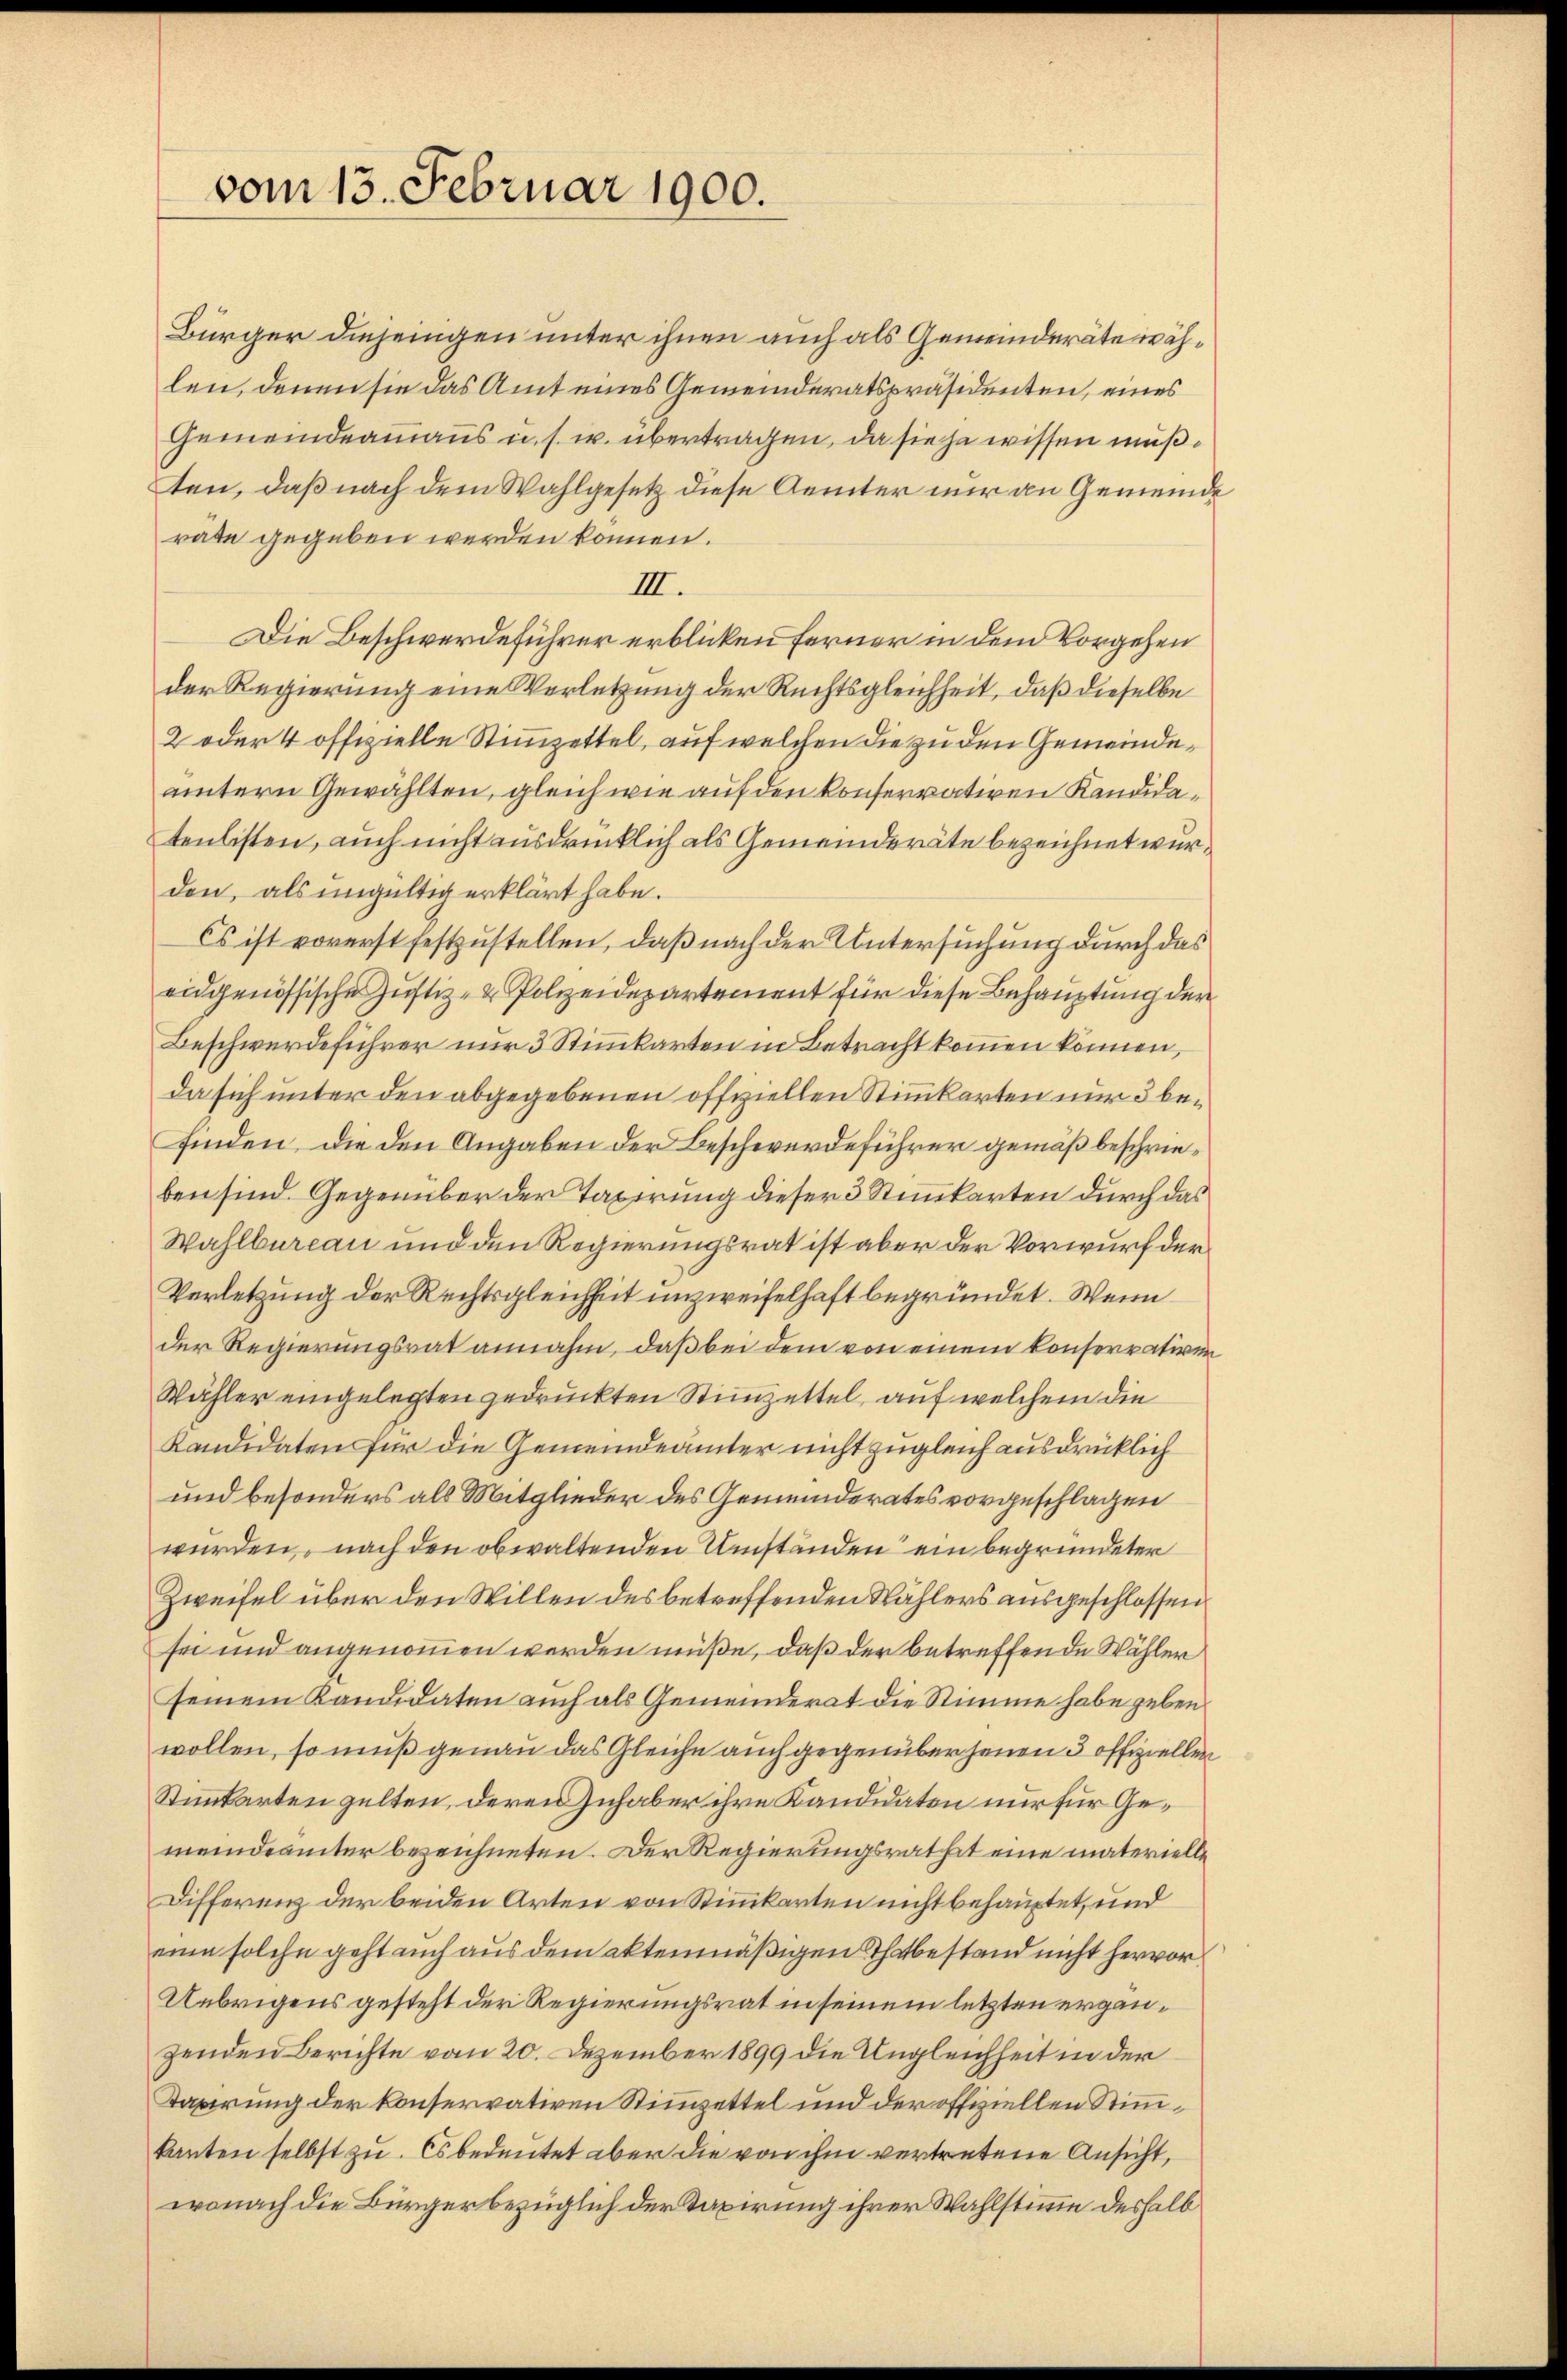
vom 13. Februar 1900.

Bürger diejenigen unter ihnen auch als Gemeinderäte wählen, denen sie das Amt eines Gemeinderatspräsidenten, eines
Gemeindeamans u. s. w. übertragen, da sie je wissen mußten, daß nach dem Wahlgesetz diese Aemter nur an Gemeinde
rate gegeben werden können.
III.
Die Beschwerdeführer erblicken ferner in dem Vorgehen
der Regierung eine Verletzung der Rechtsgleichheit, daß dieselbe
2 oder 4 offizielle Stimmzettel, auf welchen die zu den Gemeindeämtern Gewählten, gleich wie auf den konservativen Kandidatenlisten, auch nicht ausdrücklich als Gemeinderäte bezeichnet wurden, als ungültig erklärt habe.
Es ist vorerst festzustellen, daß nach der Untersuchung durch das
eidgenössische Justiz- & Polizeidepartement für diese Behauptung der
Beschwerdeführer nur 3 Stimmkarten in Betracht kommen können,
da sich unter den abgegebenen offiziellen Stimmkarten nur 3 befinden, die den Angaben der Beschwerdeführer gemäß beschrieben sind. Gegenüber der Taxirung dieser 3 Stimmkarten durch das
Wahlbureau und den Regierungsrat ist aber der Vorwurf der
Verletzung der Rechtsgleichheit unzweifelhaft begründet. Wenn
der Regierungsrat annahm, daß bei dem von einem konservativen
Wähler eingelegten gedruckten Stimmzettel, auf welchem die
Kandidaten für die Gemeindeämter nicht zugleich ausdrücklich
und besonders als Mitglieder des Gemeinderates vorgeschlagen
wurden, nach den obwaltenden Umständen ein begründeter
Zweifel über den Willen des betreffenden Wählers ausgeschlossen
sei und angenommen werden müße, daß der betreffende Wähler
seinem Kandidaten auch als Gemeinderat die Stimme habe geben
wollen, so muß genau das Gleiche auch gegenüber jenen 3 offiziellen
Stimmkarten gelten, deren Inhaber ihre Kandidaten nur für Gemeindeamter bezeichneten. Der Regierungsrathet eine materielle
Differenz der beiden Arten von Stimmkarten nicht behauptet, und
eine solche geht auch aus dem aktenmäßigen Thatbestand nicht hervor¬
Uebrigens gesteht der Regierungsrat in seinem letzten ergänzenden Berichte vom 20. Dezember 1899 die Ungleichheit in der
Tapirung der konservativen Stimmzettel und der offiziellen Stimmkanten selbst zu. Es bedeutet aber die von ihm vertretene Ansicht,
wonach die Bürger bezüglich der Taxirung ihrer Wahlstimme deshalb